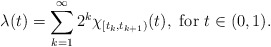
\begin{align*}\lambda(t)=\sum_{k=1}^{\infty}2^k\chi_{[t_k,t_{k+1})}(t), \,\,{\rm for\,\,}t\in(0,1).\end{align*}